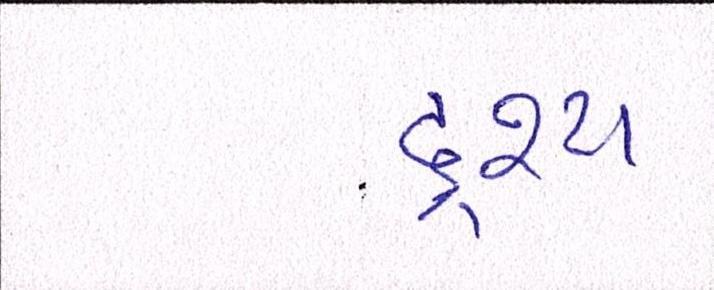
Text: દ્રશ્યઃ